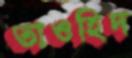
তাওহিদ